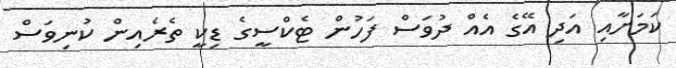
ކަމަށާއި އަދި އޭގެ އެއް ދުވަސް ފަހުން ޓެކްސީގެ ޑިކީ ތެރެއިން ކުނިވަސް